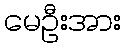
မေဦးအား